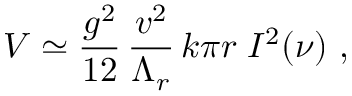
V \simeq \frac { g ^ { 2 } } { 1 2 } \, \frac { v ^ { 2 } } { \Lambda _ { r } } \, k \pi r \; I ^ { 2 } ( \nu ) ~ ,